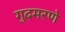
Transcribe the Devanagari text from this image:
गुदमरणे